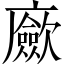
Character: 𢌃